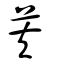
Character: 芙